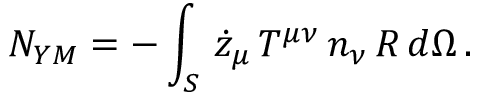
N _ { Y M } = - \int _ { S } \, \dot { z } _ { \mu } \, T ^ { \mu \nu } \, n _ { \nu } \, R \, d \Omega \, .